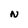
Character: N